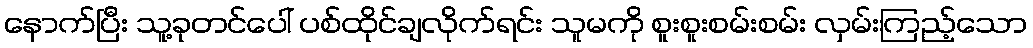
နောက်ပြီး သူ့ခုတင်ပေါ် ပစ်ထိုင်ချလိုက်ရင်း သူမကို စူးစူးစမ်းစမ်း လှမ်းကြည့်သော